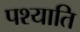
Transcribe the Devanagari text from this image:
पश्याति